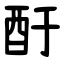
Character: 酑